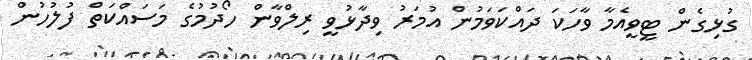
ގުޅިގެން ޓީވީއެމާ ވާހަކަ ދައްކަވަމުން އުމަރު ވިދާޅުވީ ރިލްވާން ހޯދުމުގެ މަސައްކަތް ފުލުހުން